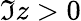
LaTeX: \Im z>0